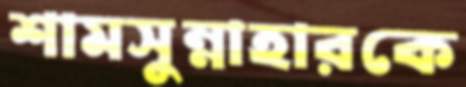
শামসুন্নাহারকে